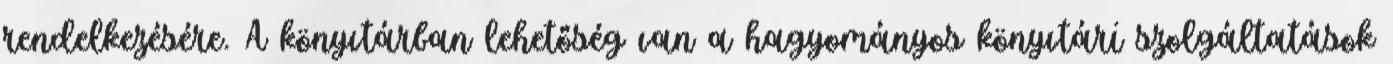
rendelkezésére. A könyvtárban lehetőség van a hagyományos könyvtári szolgáltatások